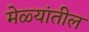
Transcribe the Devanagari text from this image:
मेळ्यांतील